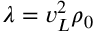
\lambda = v _ { \tiny L } ^ { 2 } \rho _ { 0 }